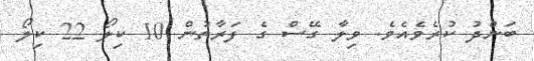
ބަންދު ކުރެވެއެވެ. ވިލާ ގޭސް ގެ ފަރާތުން 10 ކިލޯ 22 ކިލޯ